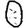
Digit: 0